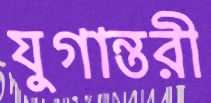
যুগান্তরী